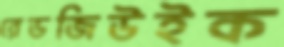
রেডজিউইক